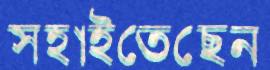
সহাইতেছেন